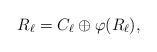
LaTeX: \begin{gather*}R_\ell = C_\ell \oplus \varphi(R_\ell),\end{gather*}